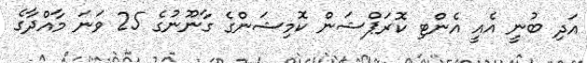
އަދި ބުނީ އެއީ އެންޓި ކޮރަޕްޝަން ކޮމިޝަންގެ ގާނޫނުގެ 25 ވަނަ މާއްދާގެ